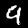
Label: 9